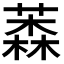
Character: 𦼚